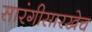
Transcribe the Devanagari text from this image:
सारंगीसारखेच